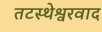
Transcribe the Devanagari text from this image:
तटस्थेश्वरवाद